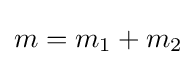
m=m_{1}+m_{2}